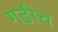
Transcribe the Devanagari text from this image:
गढीच